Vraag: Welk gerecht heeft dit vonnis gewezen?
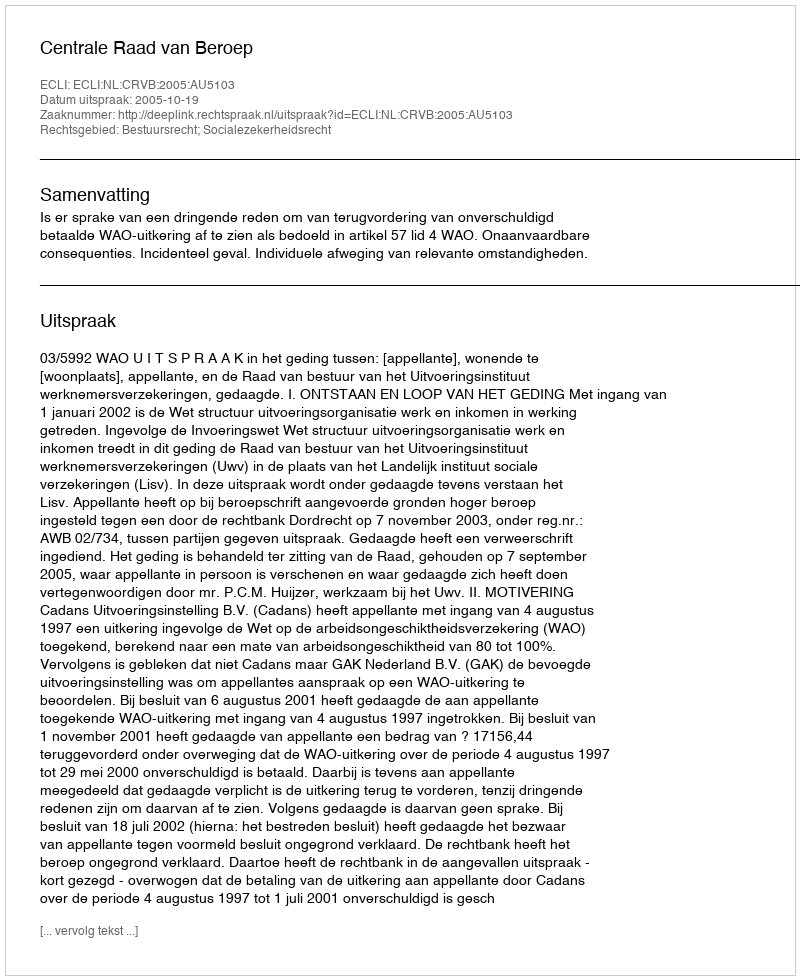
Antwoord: Centrale Raad van Beroep